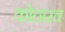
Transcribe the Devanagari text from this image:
कोठारच